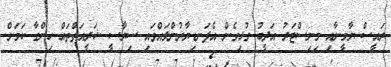
ރައީސް ޔާމީނާއި މިނިސްޓަރު އަދީބު ގުޅިގެން އެފަނޑިޔާރުންލައްވައި ސިޔާސީ ޝަރީއަތްތައް ހިންގާ ކަމަށް